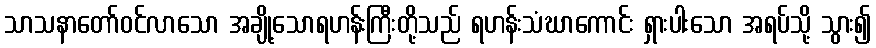
သာသနာတော်ဝင်လာသော အချို့သောရဟန်းကြီးတို့သည် ရဟန်းသံဃာကောင်း ရှားပါးသော အရပ်သို့ သွား၍